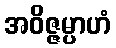
အဝိဇ္ဇမ္ပာဟံ